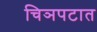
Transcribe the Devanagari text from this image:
चिञपटात